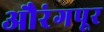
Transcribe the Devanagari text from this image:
औरंगपूर